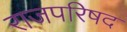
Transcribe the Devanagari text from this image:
राजपरिषद